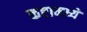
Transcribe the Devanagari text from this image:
कष्टामध्ये